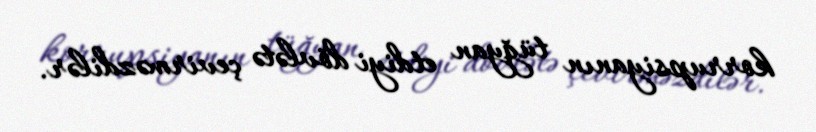
korrupsiyanın tüğyan etdiyi dövlətə çevirməzdilər.